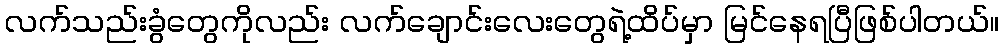
လက်သည်းခွံတွေကိုလည်း လက်ချောင်းလေးတွေရဲ့ထိပ်မှာ မြင်နေရပြီဖြစ်ပါတယ်။